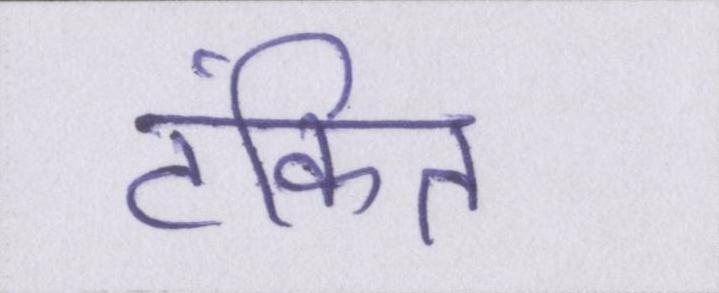
टंकित